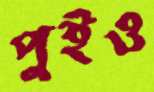
পুইও